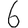
Digit: 6